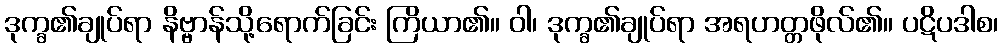
ဒုက္ခ၏ချုပ်ရာ နိဗ္ဗာန်သို့ရောက်ခြင်း ကြိယာ၏။ ဝါ၊ ဒုက္ခ၏ချုပ်ရာ အရဟတ္တဖိုလ်၏။ ပဋိပဒါစ၊